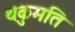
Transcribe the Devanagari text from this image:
थकुमति